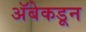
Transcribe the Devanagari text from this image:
अॅबेकडून